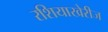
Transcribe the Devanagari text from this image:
रशियाखेरीज